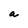
Character: a